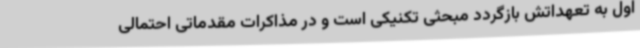
اول به تعهداتش بازگردد مبحثی تکنیکی است و در مذاکرات مقدماتی احتمالی